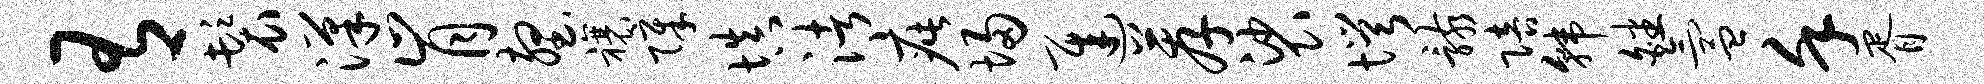
有鬟汉肯壑禳障填渚疵埽迟荐裟愕骸陪韩皤氲堇胥